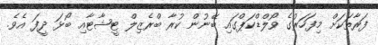
ފަރާތަކަށް މިފަހަރުގެ ވޯލްޑްކަޕްގައި ބޭނުން ކުރާ ބްރެޒިލް ޓީޝާޓާއި ބޯޅަ ދީފަ އެވެ.